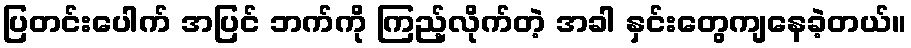
ပြတင်းပေါက် အပြင် ဘက်ကို ကြည့်လိုက်တဲ့ အခါ နှင်းတွေကျနေခဲ့တယ်။